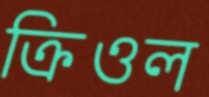
ক্রিওল